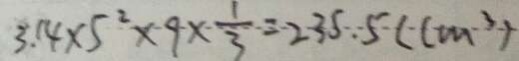
3 . 1 4 \times 5 ^ { 2 } \times 9 \times \frac { 1 } { 3 } = 2 3 5 . 5 ( c m ^ { 3 } )